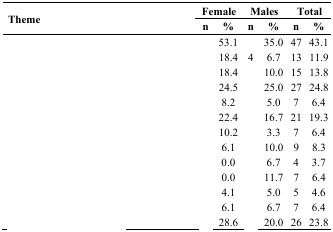
<table><thead><tr><td rowspan="2"><b>Theme</b></td><td colspan="2"><b>Female</b></td><td colspan="2"><b>Males</b></td><td colspan="2"><b>Total</b></td></tr><tr><td><b>n</b></td><td><b>%</b></td><td><b>n</b></td><td><b>%</b></td><td><b>n</b></td><td><b>%</b></td></tr></thead><tbody><tr><td>[EMPTY_CELL]</td><td>[EMPTY_CELL]</td><td>53.1</td><td>[EMPTY_CELL]</td><td>35.0</td><td>47</td><td>43.1</td></tr><tr><td>[EMPTY_CELL]</td><td>[EMPTY_CELL]</td><td>18.4</td><td>4</td><td>6.7</td><td>13</td><td>11.9</td></tr><tr><td>[EMPTY_CELL]</td><td>[EMPTY_CELL]</td><td>18.4</td><td>[EMPTY_CELL]</td><td>10.0</td><td>15</td><td>13.8</td></tr><tr><td>[EMPTY_CELL]</td><td>[EMPTY_CELL]</td><td>24.5</td><td>[EMPTY_CELL]</td><td>25.0</td><td>27</td><td>24.8</td></tr><tr><td>[EMPTY_CELL]</td><td>[EMPTY_CELL]</td><td>8.2</td><td>[EMPTY_CELL]</td><td>5.0</td><td>7</td><td>6.4</td></tr><tr><td>[EMPTY_CELL]</td><td>[EMPTY_CELL]</td><td>22.4</td><td>[EMPTY_CELL]</td><td>16.7</td><td>21</td><td>19.3</td></tr><tr><td>[EMPTY_CELL]</td><td>[EMPTY_CELL]</td><td>10.2</td><td>[EMPTY_CELL]</td><td>3.3</td><td>7</td><td>6.4</td></tr><tr><td>[EMPTY_CELL]</td><td>[EMPTY_CELL]</td><td>6.1</td><td>[EMPTY_CELL]</td><td>10.0</td><td>9</td><td>8.3</td></tr><tr><td>[EMPTY_CELL]</td><td>[EMPTY_CELL]</td><td>0.0</td><td>[EMPTY_CELL]</td><td>6.7</td><td>4</td><td>3.7</td></tr><tr><td>[EMPTY_CELL]</td><td>[EMPTY_CELL]</td><td>0.0</td><td>[EMPTY_CELL]</td><td>11.7</td><td>7</td><td>6.4</td></tr><tr><td>[EMPTY_CELL]</td><td>[EMPTY_CELL]</td><td>4.1</td><td>[EMPTY_CELL]</td><td>5.0</td><td>5</td><td>4.6</td></tr><tr><td>[EMPTY_CELL]</td><td>[EMPTY_CELL]</td><td>6.1</td><td>[EMPTY_CELL]</td><td>6.7</td><td>7</td><td>6.4</td></tr><tr><td>[EMPTY_CELL]</td><td>[EMPTY_CELL]</td><td>28.6</td><td>[EMPTY_CELL]</td><td>20.0</td><td>26</td><td>23.8</td></tr></tbody></table>